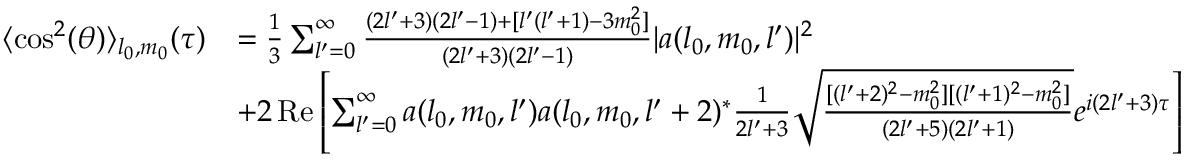
\begin{array} { r l } { \langle \cos ^ { 2 } ( \theta ) \rangle _ { l _ { 0 } , m _ { 0 } } ( \tau ) } & { = \frac { 1 } { 3 } \sum _ { l ^ { \prime } = 0 } ^ { \infty } \frac { ( 2 l ^ { \prime } + 3 ) ( 2 l ^ { \prime } - 1 ) + [ l ^ { \prime } ( l ^ { \prime } + 1 ) - 3 m _ { 0 } ^ { 2 } ] } { ( 2 l ^ { \prime } + 3 ) ( 2 l ^ { \prime } - 1 ) } | a ( l _ { 0 } , m _ { 0 } , l ^ { \prime } ) | ^ { 2 } } \\ & { + 2 \operatorname { R e } \left[ \sum _ { l ^ { \prime } = 0 } ^ { \infty } a ( l _ { 0 } , m _ { 0 } , l ^ { \prime } ) a ( l _ { 0 } , m _ { 0 } , l ^ { \prime } + 2 ) ^ { * } \frac { 1 } { 2 l ^ { \prime } + 3 } \sqrt { \frac { [ ( l ^ { \prime } + 2 ) ^ { 2 } - m _ { 0 } ^ { 2 } ] [ ( l ^ { \prime } + 1 ) ^ { 2 } - m _ { 0 } ^ { 2 } ] } { ( 2 l ^ { \prime } + 5 ) ( 2 l ^ { \prime } + 1 ) } } e ^ { i ( 2 l ^ { \prime } + 3 ) \tau } \right] } \end{array}